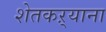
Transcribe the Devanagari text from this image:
शेतकऱ्याना